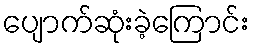
ပျောက်ဆုံးခဲ့ကြောင်း